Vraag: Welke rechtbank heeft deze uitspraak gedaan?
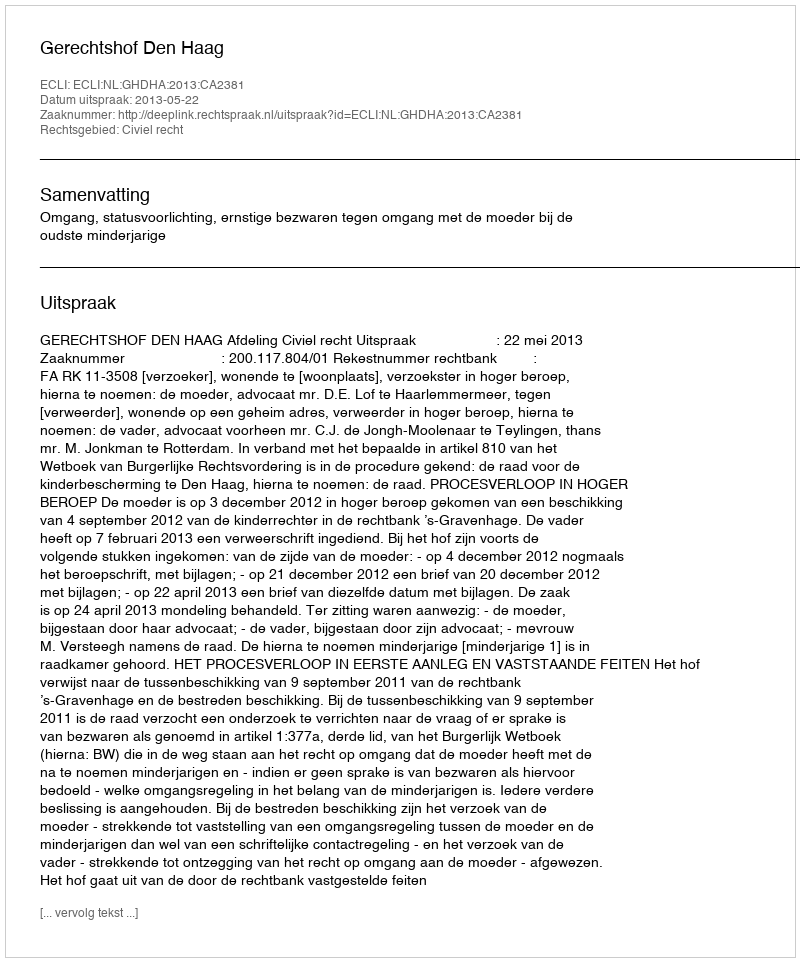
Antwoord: Gerechtshof Den Haag